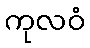
ကုလဝံ